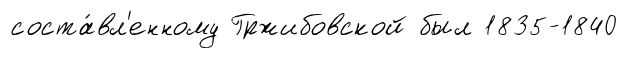
соста́вл'енному Гржибовской был 1835-1840